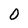
Character: 0